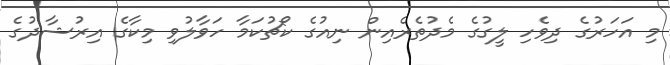
މި އަހަރުގެ ދިވެހި ލީގުގެ މެދުތެރެއިން ނިއުގެ ކޯޗުކަމާ ހަވާލުވި މިކާގެ އިރުޝާދުގެ